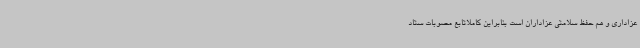
عزاداری و هم حفظ سلامتی عزاداران است بنابراین کاملاتابع مصوبات ستاد